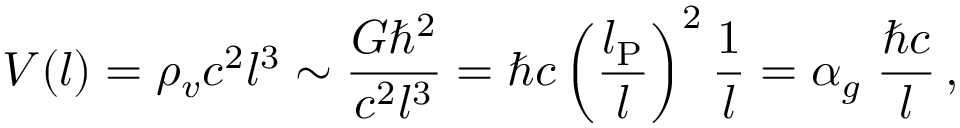
V ( l ) = \rho _ { v } c ^ { 2 } l ^ { 3 } \sim \frac { G \hbar ^ { 2 } } { c ^ { 2 } l ^ { 3 } } = \hbar c \left( \frac { l _ { \mathrm { P } } } { l } \right) ^ { 2 } \frac { 1 } { l } = \alpha _ { g } \; \frac { \hbar c } { l } \, ,